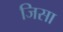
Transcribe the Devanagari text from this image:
जिसा